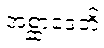
အစ္ဆာဒေတိ